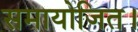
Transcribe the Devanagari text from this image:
समायोजित।